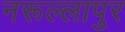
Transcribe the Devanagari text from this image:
नरूल्लापुर